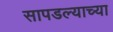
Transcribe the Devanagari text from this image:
सापडल्याच्या